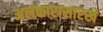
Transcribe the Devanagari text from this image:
अलंकारासारखे